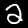
Digit: 2